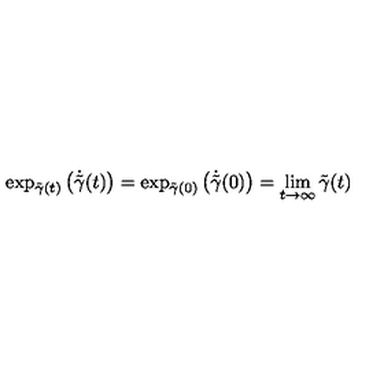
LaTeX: \exp _ { \tilde { \gamma } ( t ) } \left( \dot { \tilde { \gamma } } ( t ) \right) = \exp _ { \tilde { \gamma } ( 0 ) } \left( \dot { \tilde { \gamma } } ( 0 ) \right) = \lim _ { t \rightarrow \infty } { \tilde { \gamma } ( t ) }